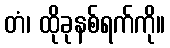
တံ၊ ထိုခုနစ်ရက်ကို။